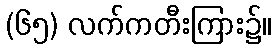
(၆၅) လက်ကတီးကြား၌။